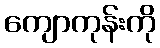
ကျောကုန်းကို